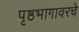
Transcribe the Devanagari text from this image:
पृष्ठभागावरचे